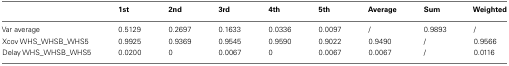
<table><thead><tr><td></td><td><b>1st</b></td><td><b>2nd</b></td><td><b>3rd</b></td><td><b>4th</b></td><td><b>5th</b></td><td><b>Average</b></td><td><b>Sum</b></td><td><b>Weighted</b></td></tr></thead><tbody><tr><td>Var average</td><td>0.5129</td><td>0.2697</td><td>0.1633</td><td>0.0336</td><td>0.0097</td><td>/</td><td>0.9893</td><td>/</td></tr><tr><td>Xcov WHS_WHSB_WHS5</td><td>0.9925</td><td>0.9369</td><td>0.9545</td><td>0.9590</td><td>0.9022</td><td>0.9490</td><td>/</td><td>0.9566</td></tr><tr><td>Delay WHS_WHSB_WHS5</td><td>0.0200</td><td>0</td><td>0.0067</td><td>0</td><td>0.0067</td><td>0.0067</td><td>/</td><td>0.0116</td></tr></tbody></table>